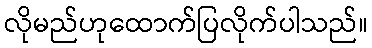
လိုမည်ဟုထောက်ပြလိုက်ပါသည်။